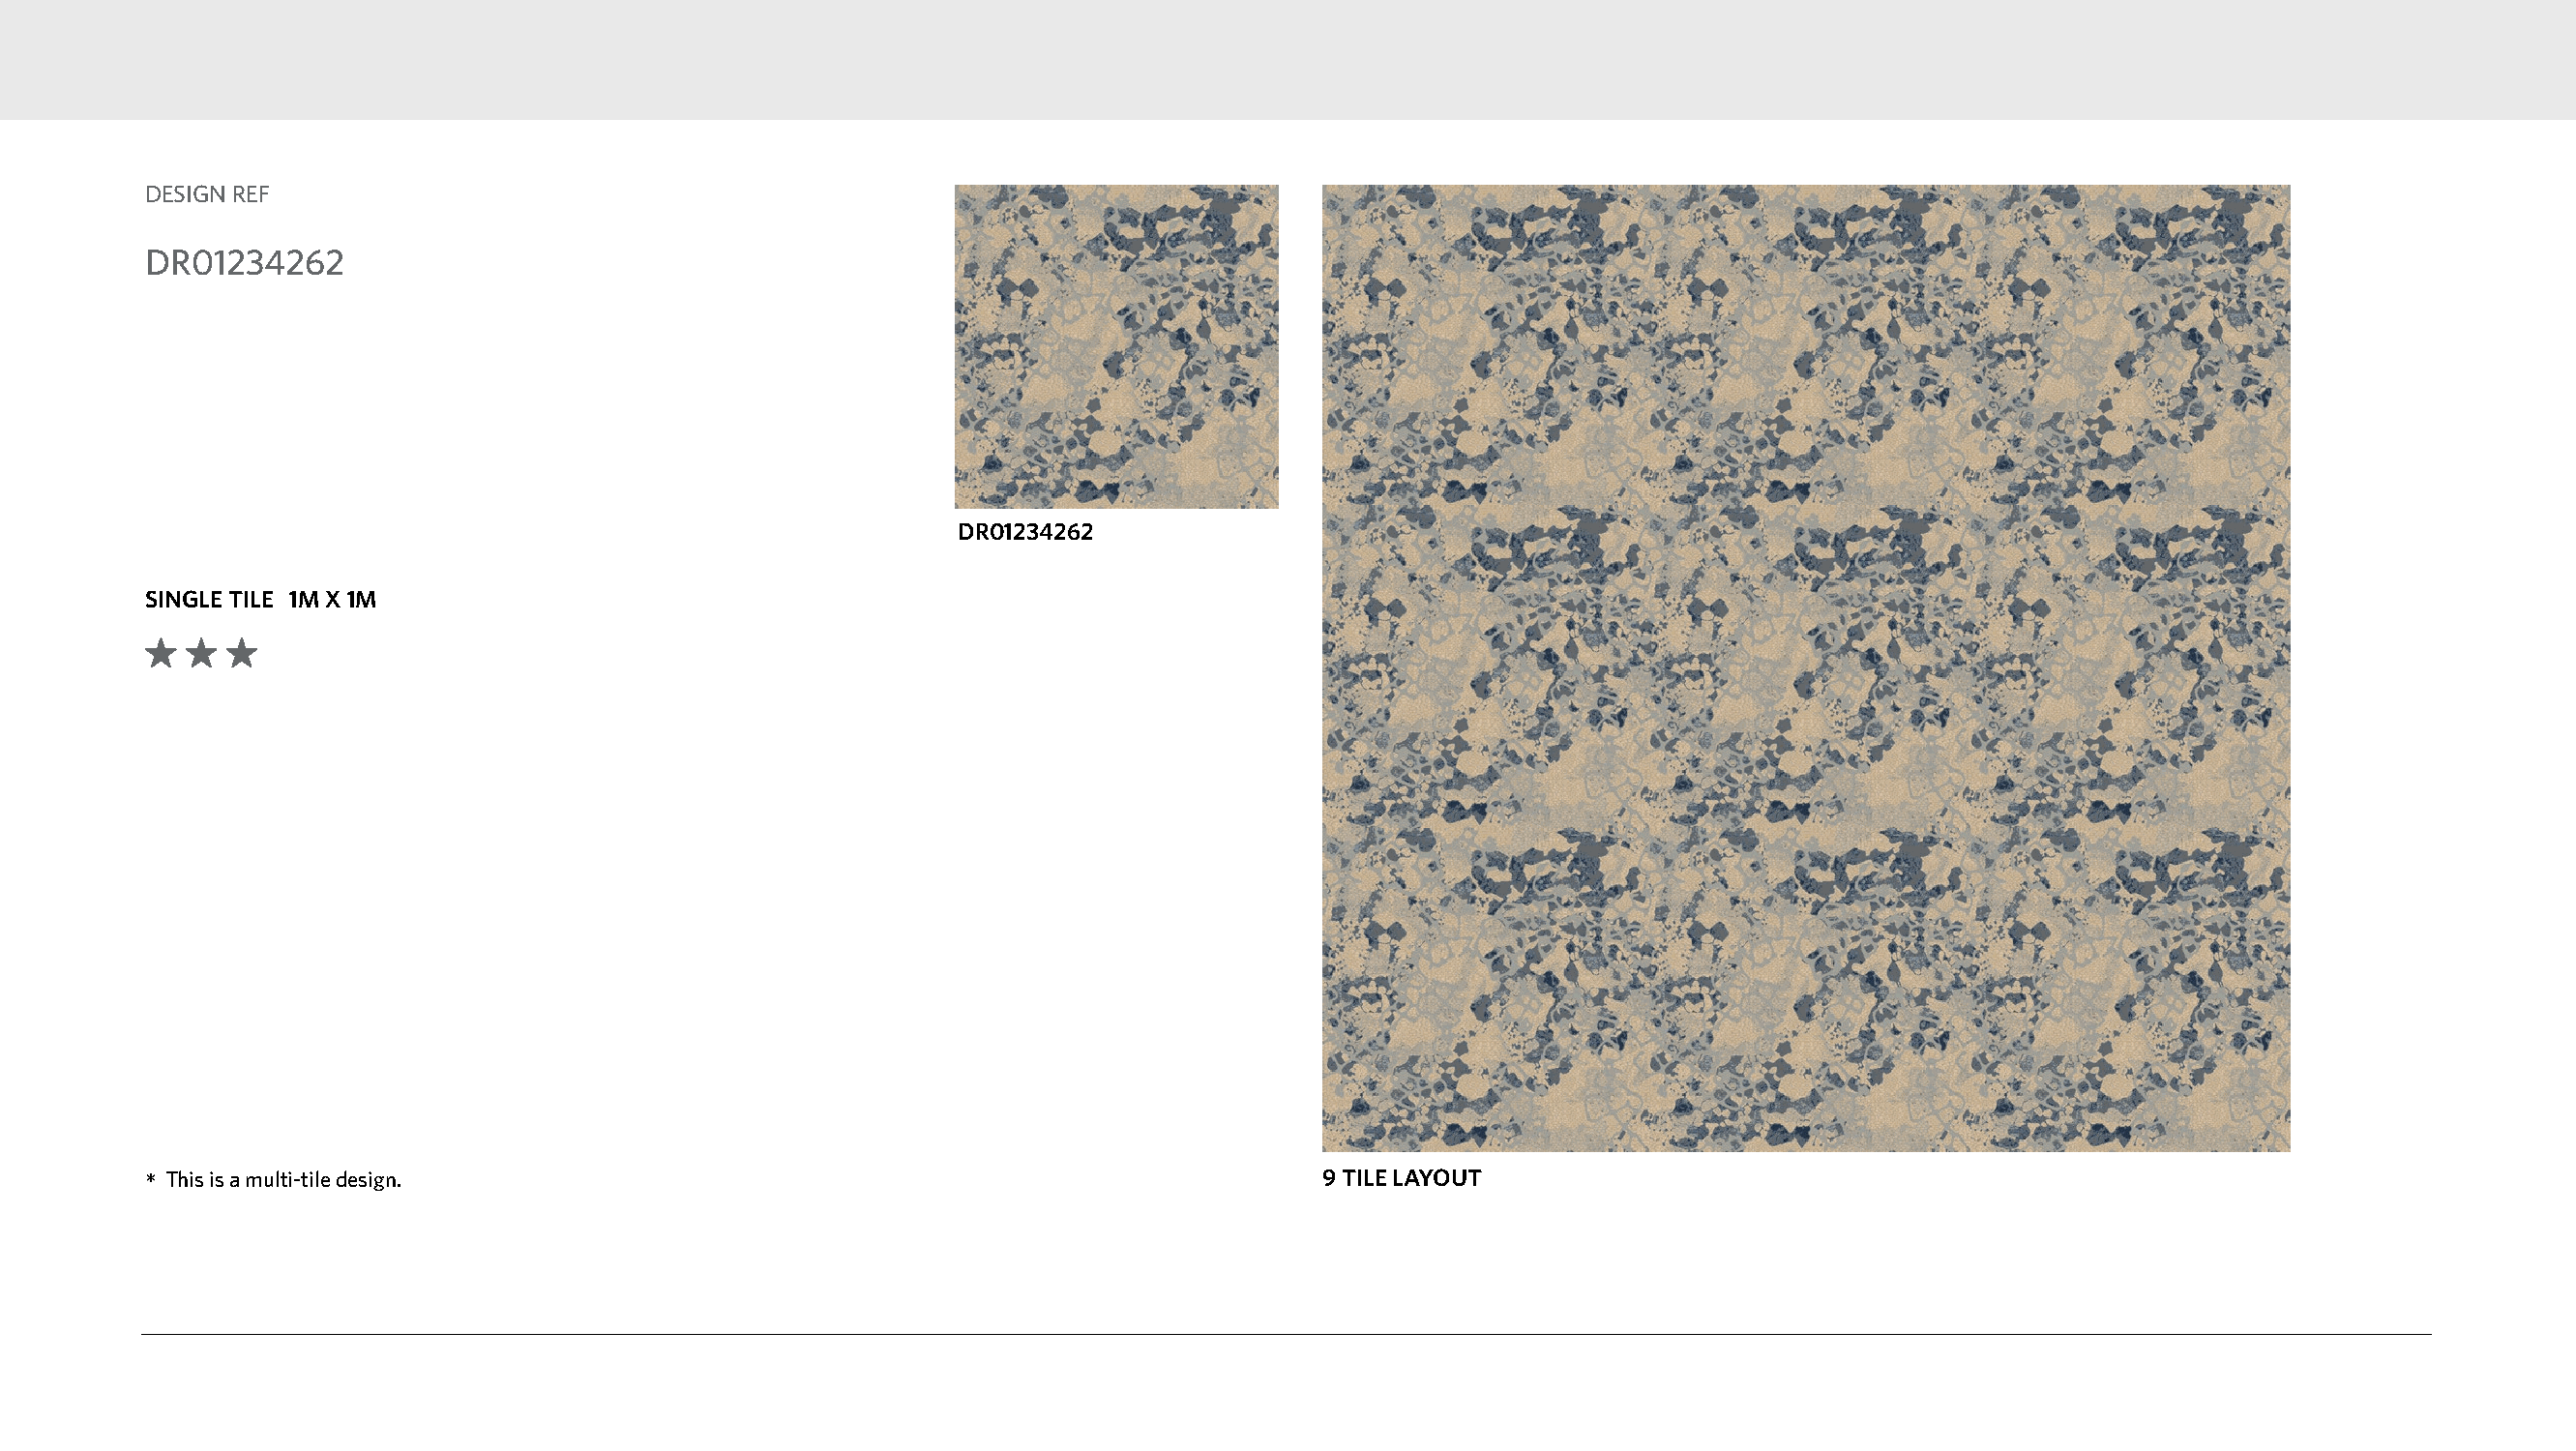
DESIGN REF
 DR01234262
 DR01234262
 SINGLE TILE 1M X 1M
 *This is a multi-tile design.                                                    9 TILE LAYOUT